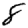
Digit: 8